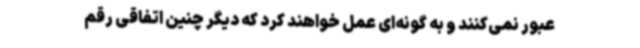
عبور نمی‌کنند و به گونه‌ای عمل خواهند کرد که دیگر چنین اتفاقی رقم